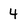
Character: 4